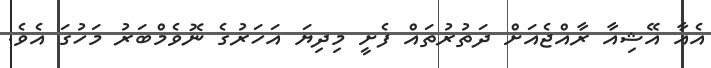
އެއާ އޭޝިއާ ރާއްޖެއަށް ދަތުރުތައް ފެށީ މިދިޔަ އަހަރުގެ ނޮވެމްބަރު މަހުގަ އެވެ.